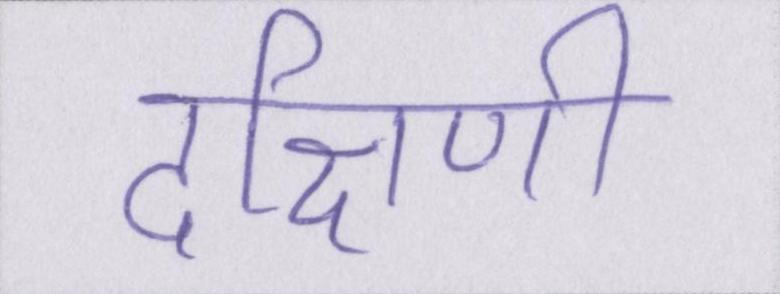
दक्षिणी